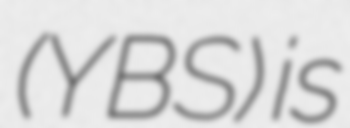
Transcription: (YBS) is